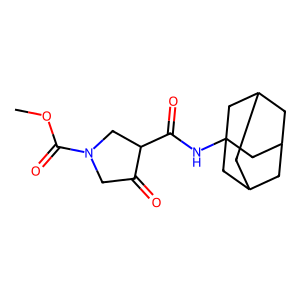
SMILES: COC(=O)N1CC(=O)C(C(=O)NC23CC4CC(CC(C4)C2)C3)C1
Inhibits HIV replication: No